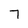
Character: 7